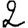
Digit: 2